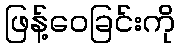
ဖြန့်ဝေခြင်းကို